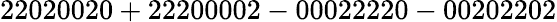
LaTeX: \mathrm{22020020+22200002-00022220-00202202}